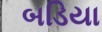
બડિયા